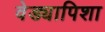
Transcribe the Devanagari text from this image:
वेड्यापिशा